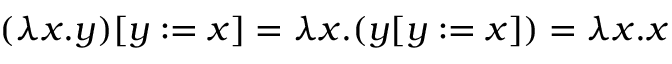
( \lambda x . y ) [ y : = x ] = \lambda x . ( y [ y : = x ] ) = \lambda x . x